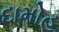
દામોહ